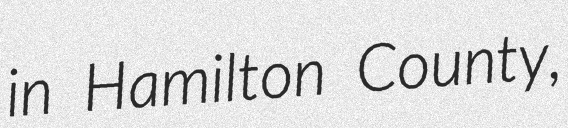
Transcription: in Hamilton County,